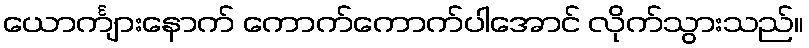
ယောင်္ကျားနောက် ကောက်ကောက်ပါအောင် လိုက်သွားသည်။